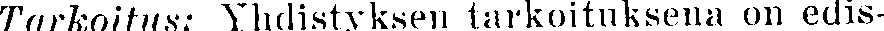
Torkoitus: Yhidistyksen tarkoituksena on edis-